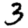
Digit: 3